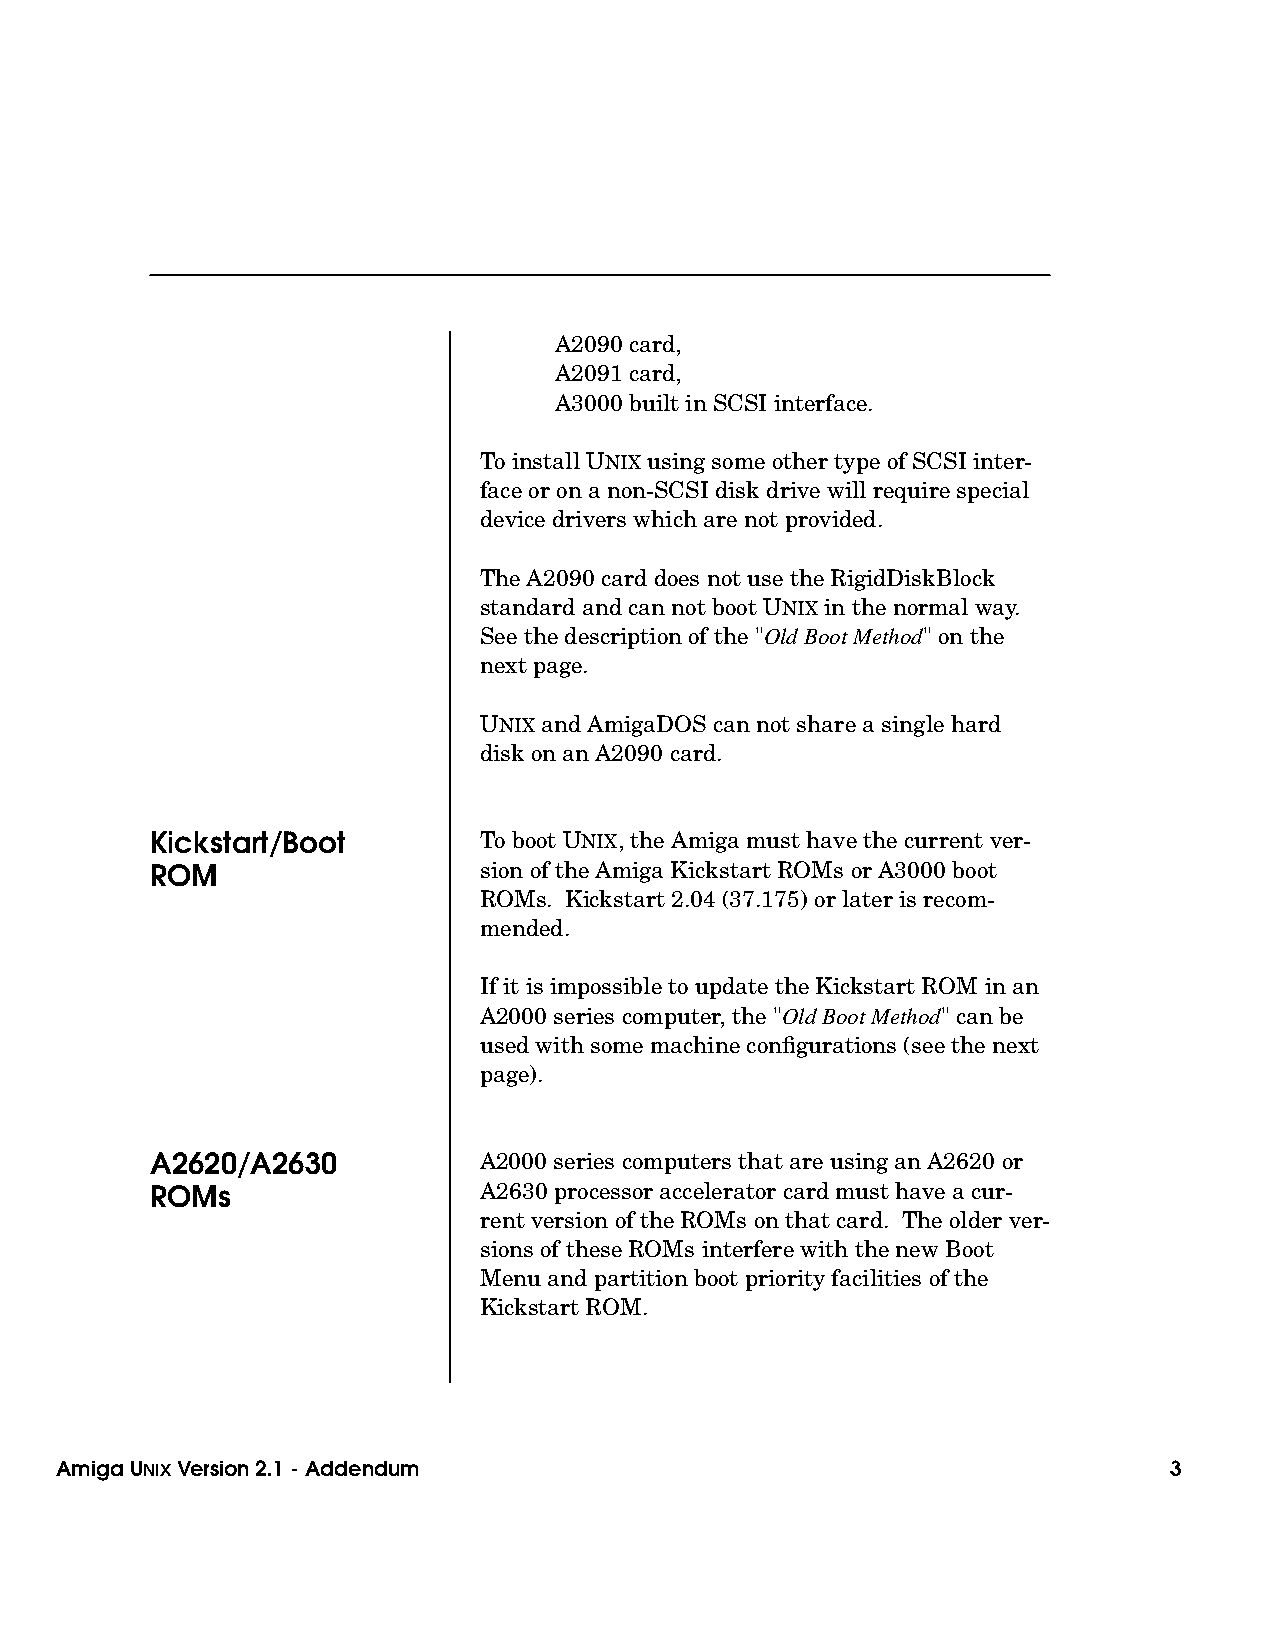
A2090 card,
 A2091 card,
 A3000 built in SCSI interface.
 To install UNIX using some other type of SCSI inter-
 face or on a non-SCSI disk drive will require special
 device drivers which are not provided.
 The A2090 card does not use the RigidDiskBlock
 standard and can not boot UNIX in the normal way.
 See the description of the "Old Boot Method" on the
 next page.
 UNIX and AmigaDOS can not share a single hard
 disk on an A2090 card.
 Kickstart/Boot        To boot UNIX, the Amiga must have the current ver-
 ROM                   sion of the Amiga Kickstart ROMs or A3000 boot
 ROMs. Kickstart 2.04 (37.175) or later is recom-
 mended.
 If it is impossible to update the Kickstart ROM in an
 A2000 series computer, the "Old Boot Method" can be
 used with some machine configurations (see the next
 page).
 A2620/A2630           A2000 series computers that are using an A2620 or
 ROMs                  A2630 processor accelerator card must have a cur-
 rent version of the ROMs on that card. The older ver-
 sions of these ROMs interfere with the new Boot
 Menu and partition boot priority facilities of the
 Kickstart ROM.
 Amiga UNIXVersion 2.1 - Addendum                                         3